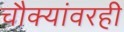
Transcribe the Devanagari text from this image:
चौक्यांवरही